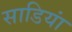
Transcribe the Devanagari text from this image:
साडियां